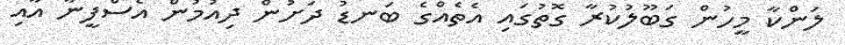
ލަންކާ މީހުން ގަބޫލުކުރާ ގޮތުގައި އެތެއްގެ ބަނޑު ދަށުން ދިއުމުން އެސްފީނާ އާއި